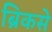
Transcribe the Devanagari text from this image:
ब्रिकसे